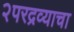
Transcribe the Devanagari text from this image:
२परद्रव्याचा